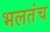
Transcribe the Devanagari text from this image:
भलतंच